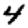
Digit: 4